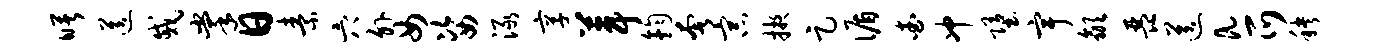
曙送戚掌日素穴外女姿渌享葺钧奢宗掖足循查冲堕宇歙琵送a爪秧